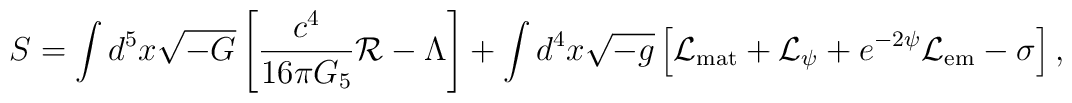
S=\int d^5x\sqrt{-G}\left[{c^4\over{16\pi G_5}}{\cal R}-\Lambda\right]+\int d^4x\sqrt{-g}\left[{\cal L}_{\rm mat}+{\cal L}_{\psi}+e^{-2\psi}{\cal L}_{\rm em}-\sigma\right],